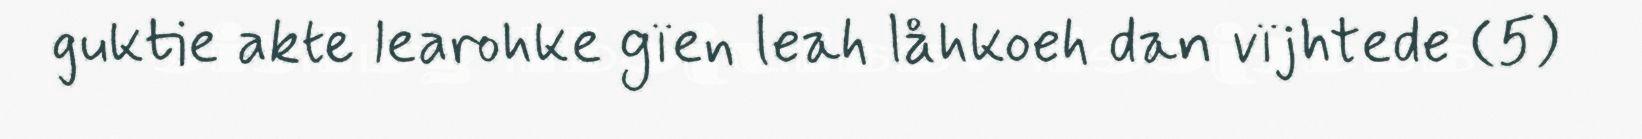
guktie akte learohke gïen leah låhkoeh dan vïjhtede (5)